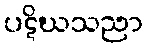
ပဋိဃသညာ